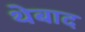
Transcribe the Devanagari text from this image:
थेबाद